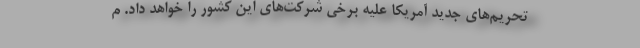
تحریم‌های جدید آمریکا علیه برخی شرکت‌های این کشور را خواهد داد. م